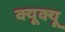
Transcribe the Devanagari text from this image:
क्यूक्यू